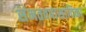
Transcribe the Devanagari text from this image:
संमतवपासादिका